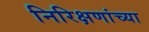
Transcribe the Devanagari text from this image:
निरिक्षणांच्या